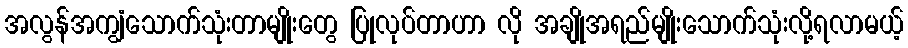
အလွန်အကျွံသောက်သုံးတာမျိုးတွေ ပြုလုပ်တာဟာ လို အချိုအရည်မျိုးသောက်သုံးလို့ရလာမယ့်